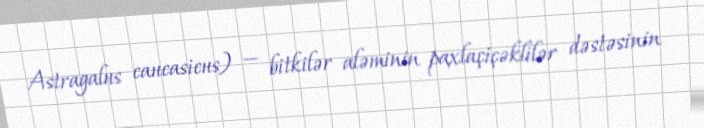
Astragalus caucasicus) — bitkilər aləminin paxlaçiçəklilər dəstəsinin